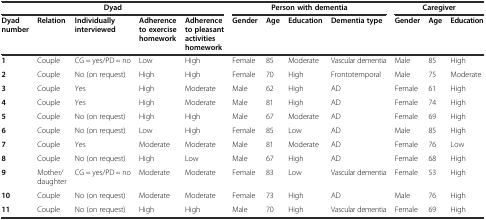
<table><thead><tr><td colspan="5"><b>Dyad</b></td><td colspan="4"><b>Person with dementia</b></td><td colspan="3"><b>Caregiver</b></td></tr><tr><td><b>Dyad number</b></td><td><b>Relation</b></td><td><b>Individually interviewed</b></td><td><b>Adherence to exercise homework</b></td><td><b>Adherence to pleasant activities homework</b></td><td><b>Gender</b></td><td><b>Age</b></td><td><b>Education</b></td><td><b>Dementia type</b></td><td><b>Gender</b></td><td><b>Age</b></td><td><b>Education</b></td></tr></thead><tbody><tr><td><b>1</b></td><td>Couple</td><td>CG = yes/PD = no</td><td>Low</td><td>High</td><td>Female</td><td>85</td><td>Moderate</td><td>Vascular dementia</td><td>Male</td><td>85</td><td>High</td></tr><tr><td><b>2</b></td><td>Couple</td><td>No (on request)</td><td>High</td><td>High</td><td>Female</td><td>70</td><td>High</td><td>Frontotemporal</td><td>Male</td><td>75</td><td>Moderate</td></tr><tr><td><b>3</b></td><td>Couple</td><td>Yes</td><td>High</td><td>Moderate</td><td>Male</td><td>62</td><td>High</td><td>AD</td><td>Female</td><td>61</td><td>High</td></tr><tr><td><b>4</b></td><td>Couple</td><td>Yes</td><td>High</td><td>Moderate</td><td>Male</td><td>81</td><td>High</td><td>AD</td><td>Female</td><td>74</td><td>High</td></tr><tr><td><b>5</b></td><td>Couple</td><td>No (on request)</td><td>High</td><td>High</td><td>Male</td><td>67</td><td>Moderate</td><td>AD</td><td>Female</td><td>69</td><td>High</td></tr><tr><td><b>6</b></td><td>Couple</td><td>No (on request)</td><td>Low</td><td>High</td><td>Female</td><td>85</td><td>Low</td><td>AD</td><td>Male</td><td>85</td><td>High</td></tr><tr><td><b>7</b></td><td>Couple</td><td>Yes</td><td>Moderate</td><td>Moderate</td><td>Male</td><td>81</td><td>Moderate</td><td>AD</td><td>Female</td><td>76</td><td>Low</td></tr><tr><td><b>8</b></td><td>Couple</td><td>No (on request)</td><td>High</td><td>Low</td><td>Male</td><td>67</td><td>High</td><td>AD</td><td>Female</td><td>68</td><td>High</td></tr><tr><td><b>9</b></td><td>Mother/daughter</td><td>CG = yes/PD = no</td><td>Moderate</td><td>Moderate</td><td>Female</td><td>83</td><td>Low</td><td>Vascular dementia</td><td>Female</td><td>53</td><td>High</td></tr><tr><td><b>10</b></td><td>Couple</td><td>No (on request)</td><td>Moderate</td><td>Moderate</td><td>Female</td><td>73</td><td>High</td><td>AD</td><td>Male</td><td>76</td><td>High</td></tr><tr><td><b>11</b></td><td>Couple</td><td>No (on request)</td><td>High</td><td>High</td><td>Male</td><td>70</td><td>High</td><td>Vascular dementia</td><td>Female</td><td>69</td><td>High</td></tr></tbody></table>